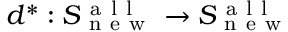
d ^ { * } : S _ { \mathrm { ~ n ~ e ~ w ~ } } ^ { \mathrm { ~ a ~ l ~ l ~ } } \to S _ { \mathrm { ~ n ~ e ~ w ~ } } ^ { \mathrm { ~ a ~ l ~ l ~ } }